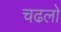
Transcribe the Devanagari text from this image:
चढलो